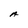
Character: A